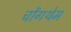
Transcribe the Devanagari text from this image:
चोंगथेम